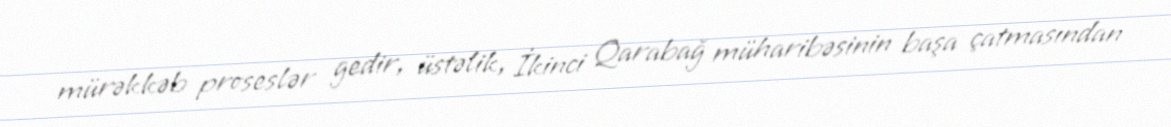
mürəkkəb proseslər gedir, üstəlik, İkinci Qarabağ müharibəsinin başa çatmasından